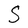
Character: S